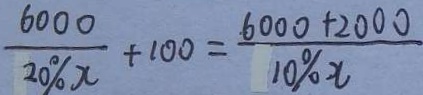
\frac { 6 0 0 0 } { 2 0 \% } + 1 0 0 = \frac { 6 0 0 0 + 2 0 0 0 } { 1 0 \% x }